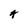
Character: A